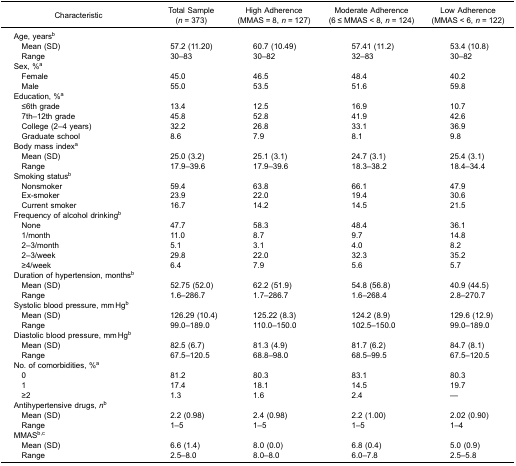
<table><thead><tr><td><b>Characteristic</b></td><td><b>Total Sample(<i>n</i> = 373)</b></td><td><b>High Adherence(MMAS = 8, <i>n</i> = 127)</b></td><td><b>Moderate Adherence(6 ≤ MMAS &lt; 8, <i>n</i> = 124)</b></td><td><b>Low Adherence(MMAS &lt; 6, <i>n</i> = 122)</b></td></tr></thead><tbody><tr><td colspan="5">Age, years<sup>b</sup></td></tr><tr><td> Mean (SD)</td><td>57.2 (11.20)</td><td>60.7 (10.49)</td><td>57.41 (11.2)</td><td>53.4 (10.8)</td></tr><tr><td> Range</td><td>30–83</td><td>30–82</td><td>32–83</td><td>30–82</td></tr><tr><td colspan="5">Sex, %<sup>a</sup></td></tr><tr><td> Female</td><td>45.0</td><td>46.5</td><td>48.4</td><td>40.2</td></tr><tr><td> Male</td><td>55.0</td><td>53.5</td><td>51.6</td><td>59.8</td></tr><tr><td colspan="5">Education, %<sup>a</sup></td></tr><tr><td> ≤6th grade</td><td>13.4</td><td>12.5</td><td>16.9</td><td>10.7</td></tr><tr><td> 7th–12th grade</td><td>45.8</td><td>52.8</td><td>41.9</td><td>42.6</td></tr><tr><td> College (2–4 years)</td><td>32.2</td><td>26.8</td><td>33.1</td><td>36.9</td></tr><tr><td> Graduate school</td><td>8.6</td><td>7.9</td><td>8.1</td><td>9.8</td></tr><tr><td colspan="5">Body mass index<sup>a</sup></td></tr><tr><td> Mean (SD)</td><td>25.0 (3.2)</td><td>25.1 (3.1)</td><td>24.7 (3.1)</td><td>25.4 (3.1)</td></tr><tr><td> Range</td><td>17.9–39.6</td><td>17.9–39.6</td><td>18.3–38.2</td><td>18.4–34.4</td></tr><tr><td colspan="5">Smoking status<sup>b</sup></td></tr><tr><td> Nonsmoker</td><td>59.4</td><td>63.8</td><td>66.1</td><td>47.9</td></tr><tr><td> Ex-smoker</td><td>23.9</td><td>22.0</td><td>19.4</td><td>30.6</td></tr><tr><td> Current smoker</td><td>16.7</td><td>14.2</td><td>14.5</td><td>21.5</td></tr><tr><td colspan="5">Frequency of alcohol drinking<sup>b</sup></td></tr><tr><td> None</td><td>47.7</td><td>58.3</td><td>48.4</td><td>36.1</td></tr><tr><td> 1/month</td><td>11.0</td><td>8.7</td><td>9.7</td><td>14.8</td></tr><tr><td> 2–3/month</td><td>5.1</td><td>3.1</td><td>4.0</td><td>8.2</td></tr><tr><td> 2–3/week</td><td>29.8</td><td>22.0</td><td>32.3</td><td>35.2</td></tr><tr><td> ≥4/week</td><td>6.4</td><td>7.9</td><td>5.6</td><td>5.7</td></tr><tr><td colspan="5">Duration of hypertension, months<sup>b</sup></td></tr><tr><td> Mean (SD)</td><td>52.75 (52.0)</td><td>62.2 (51.9)</td><td>54.8 (56.8)</td><td>40.9 (44.5)</td></tr><tr><td> Range</td><td>1.6–286.7</td><td>1.7–286.7</td><td>1.6–268.4</td><td>2.8–270.7</td></tr><tr><td colspan="5">Systolic blood pressure, mm Hg<sup>b</sup></td></tr><tr><td> Mean (SD)</td><td>126.29 (10.4)</td><td>125.22 (8.3)</td><td>124.2 (8.9)</td><td>129.6 (12.9)</td></tr><tr><td> Range</td><td>99.0–189.0</td><td>110.0–150.0</td><td>102.5–150.0</td><td>99.0–189.0</td></tr><tr><td colspan="5">Diastolic blood pressure, mm Hg<sup>b</sup></td></tr><tr><td> Mean (SD)</td><td>82.5 (6.7)</td><td>81.3 (4.9)</td><td>81.7 (6.2)</td><td>84.7 (8.1)</td></tr><tr><td> Range</td><td>67.5–120.5</td><td>68.8–98.0</td><td>68.5–99.5</td><td>67.5–120.5</td></tr><tr><td colspan="5">No. of comorbidities, %<sup>a</sup></td></tr><tr><td> 0</td><td>81.2</td><td>80.3</td><td>83.1</td><td>80.3</td></tr><tr><td> 1</td><td>17.4</td><td>18.1</td><td>14.5</td><td>19.7</td></tr><tr><td> ≥2</td><td>1.3</td><td>1.6</td><td>2.4</td><td>—</td></tr><tr><td colspan="5">Antihypertensive drugs, <i>n</i><sup>b</sup></td></tr><tr><td> Mean (SD)</td><td>2.2 (0.98)</td><td>2.4 (0.98)</td><td>2.2 (1.00)</td><td>2.02 (0.90)</td></tr><tr><td> Range</td><td>1–5</td><td>1–5</td><td>1–5</td><td>1–4</td></tr><tr><td colspan="5">MMAS<sup>b,c</sup></td></tr><tr><td> Mean (SD)</td><td>6.6 (1.4)</td><td>8.0 (0.0)</td><td>6.8 (0.4)</td><td>5.0 (0.9)</td></tr><tr><td> Range</td><td>2.5–8.0</td><td>8.0–8.0</td><td>6.0–7.8</td><td>2.5–5.8</td></tr></tbody></table>